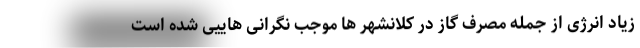
زیاد انرژی از جمله مصرف گاز در کلانشهر ها موجب نگرانی هاییی شده است